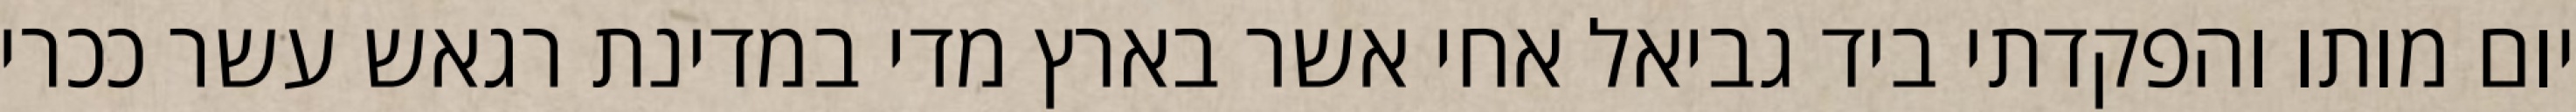
יום מותו והפקדתי ביד גביאל אחי אשר בארץ מדי במדינת רגאש עשר ככרי